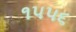
૧૫૫૬